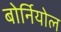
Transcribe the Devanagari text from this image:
बोर्नियोल